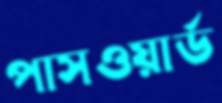
পাসওয়ার্ড